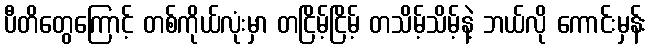
ပီတိတွေကြောင့် တစ်ကိုယ်လုံးမှာ တငြိမ့်ငြိမ့် တသိမ့်သိမ့်နဲ့ ဘယ်လို ကောင်းမှန်း